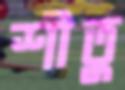
শীতু